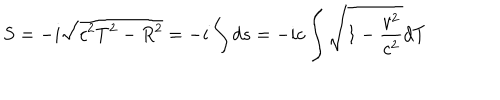
LaTeX: S = - i \sqrt { c ^ { 2 } T ^ { 2 } - R ^ { 2 } } = - i \int d s = - i c \int \sqrt { 1 - \frac { v ^ { 2 } } { c ^ { 2 } } } d T